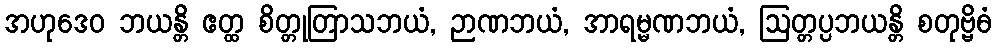
အဟုဒေဝ ဘယန္တိ ဧတ္ထ စိတ္တုတြာသဘယံ, ဉာဏဘယံ, အာရမ္မဏဘယံ, ဩတ္တပ္ပဘယန္တိ စတုဗ္ဗိဓံ